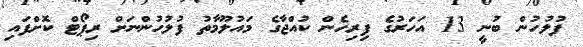
ފުލުހުން ބުނީ 13 އަހަރުގެ ފިރިހެން ކުއްޖާގެ މައުލޫމާތު ފުލުހުންނަށް ރިޕޯޓް ކޮށްފައި